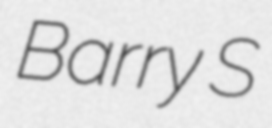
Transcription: Barry S